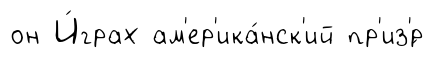
он И́грах ам'ер'ика́нск'ий пр'из'́р